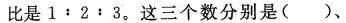
比是1﹔2﹔3。这三个数分别是()、